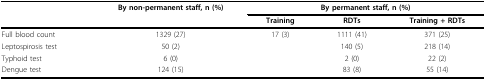
<table><thead><tr><td></td><td><b>By non-permanent staff, n (%)</b></td><td colspan="3"><b>By permanent staff, n (%)</b></td></tr><tr><td></td><td></td><td><b>Training</b></td><td><b>RDTs</b></td><td><b>Training + RDTs</b></td></tr></thead><tbody><tr><td>Full blood count</td><td>1329 (27)</td><td>17 (3)</td><td>1111 (41)</td><td>371 (25)</td></tr><tr><td>Leptospirosis test</td><td>50 (2)</td><td></td><td>140 (5)</td><td>218 (14)</td></tr><tr><td>Typhoid test</td><td>6 (0)</td><td></td><td>2 (0)</td><td>22 (2)</td></tr><tr><td>Dengue test</td><td>124 (15)</td><td></td><td>83 (8)</td><td>55 (14)</td></tr></tbody></table>